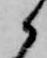
候